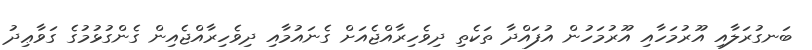
ބަނގުރަލާއި އޫރުމަހާއި އޫރުމަހުން އުފައްދާ ތަކެތި ދިވެހިރާއްޖެއަށް ގެނައުމާއި ދިވެހިރާއްޖެއިން ގެންގުޅުމުގެ ގަވާޢިދު